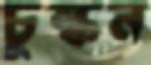
চুল্‌কন